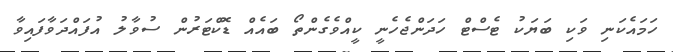
ހަމައެކަނި ވަކި ބަޔަކު ޓެސްޓް ހަދަންޖެހެނީ ކީއްވެގެންތޯ ބައެއް ޑޮކްޓަރުން ސުވާލު އުފައްދަވާފައިވާ